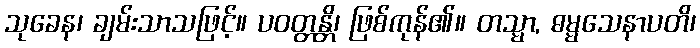
သုခေန၊ ချမ်းသာသဖြင့်။ ပဝတ္တန္တိ၊ ဖြစ်ကုန်၏။ တသ္မာ, ဓမ္မသေနာပတိ၊